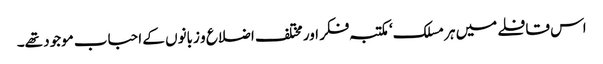
اس قافلے میں ہر مسلک‘ مکتبہ فکر اور مختلف اضلاع و زبانوں کے احباب موجود تھے۔